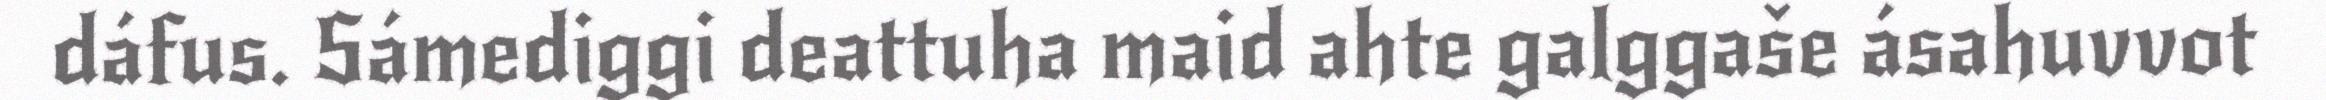
dáfus. Sámediggi deattuha maid ahte galggaše ásahuvvot